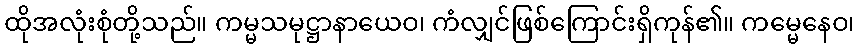
ထိုအလုံးစုံတို့သည်။ ကမ္မသမုဋ္ဌာနာယေဝ၊ ကံလျှင်ဖြစ်ကြောင်းရှိကုန်၏။ ကမ္မေနေဝ၊